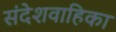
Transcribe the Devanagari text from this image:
संदेशवाहिका